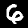
Digit: 6